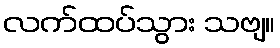
လက်ထပ်သွား သဗျ။